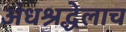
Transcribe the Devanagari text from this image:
अंधश्रद्धेलाच